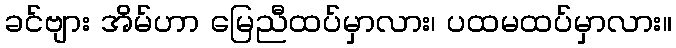
ခင်ဗျား အိမ်ဟာ မြေညီထပ်မှာလား၊ ပထမထပ်မှာလား။